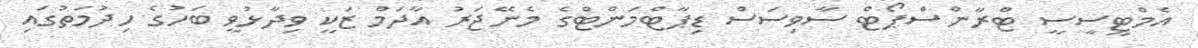
އެމްޓީސީސީ ޓްރާންސްޕޯޓް ސާވިސަސް ޑިޕާޓްމަންޓްގެ މެނޭޖަރު އާދަމް ޒަކީ ވިދާޅުވީ ބަހުގެ ހިދުމަތުގައި